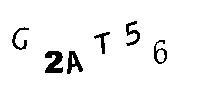
G2AT56